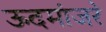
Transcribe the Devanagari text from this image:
ऊदमांजरे